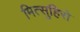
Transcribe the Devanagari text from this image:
मित्सुहिरो